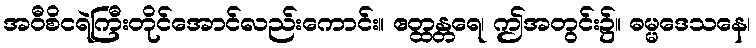
အဝီစိငရဲကြီးတိုင်အောင်လည်းကောင်း။ ဧတ္ထန္တရေ၊ ဤအတွင်း၌။ ဓမ္မဒေသနေ၊